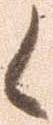
候